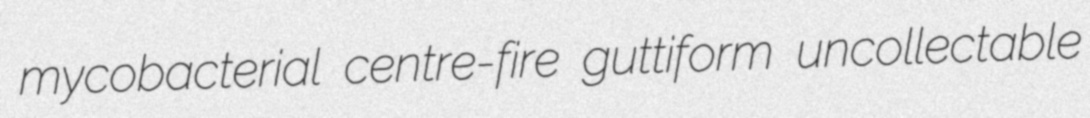
mycobacterial centre-fire guttiform uncollectable